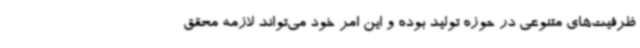
ظرفیت‌های متنوعی در حوزه تولید بوده و این امر خود می‌تواند لازمه محقق